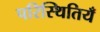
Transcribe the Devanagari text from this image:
परिस्थितियँ